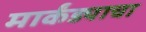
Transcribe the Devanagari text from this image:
मार्कंड्याचा